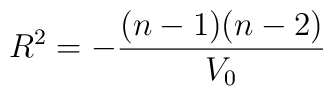
R^2 = -\frac{(n-1)(n-2)}{V_0}